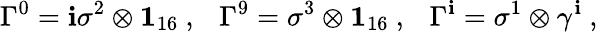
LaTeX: \Gamma^{0}=\mathbf{i}\sigma^{2}\otimes{\mathbf{1}}_{16}~,~~~\Gamma^{9}=\sigma^{3}\otimes{\mathbf{1}}_{16}~,~~~\Gamma^{\mathbf{i}}=\sigma^{1}\otimes\gamma^{\mathbf{i}}~,